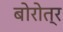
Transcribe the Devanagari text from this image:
बोरोत्र